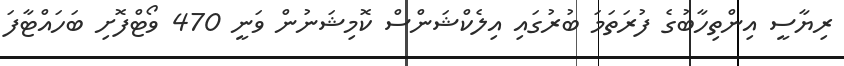
ރިޔާސީ އިންތިހާބުގެ ފުރަތަމަ ބުރުގައި އިލެކްޝަންސް ކޮމިޝަނުން ވަނީ 470 ވޯޓްފޮށި ބަހައްޓާފަ